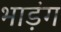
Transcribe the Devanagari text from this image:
भाड़ंग